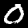
Label: 0